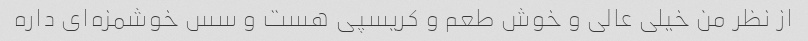
از نظر من خیلی عالی و خوش طعم و کریسپی هست و سس خوشمزه‌ای داره